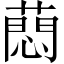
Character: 蕄